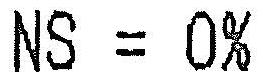
NS = 0%